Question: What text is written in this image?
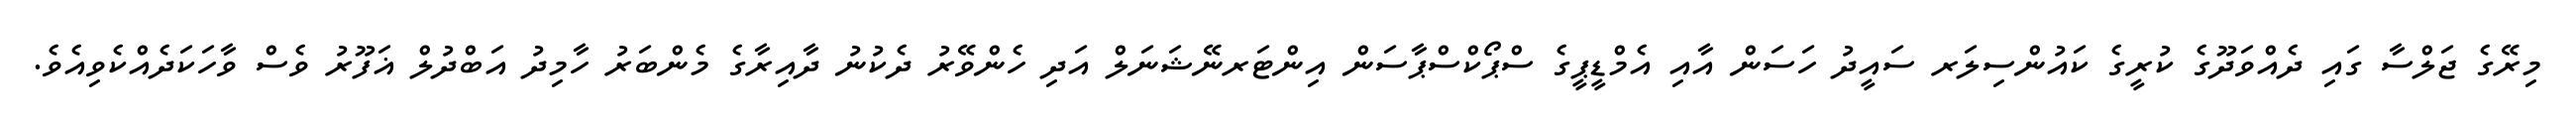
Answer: މިރޭގެ ޖަލްސާ ގައި ދެއްވަދޫގެ ކުރީގެ ކައުންސިލަރ ސައީދު ހަސަން އާއި އެމްޑީޕީގެ ސްޕޯކްސްޕާސަން އިންޓަރނޭޝަނަލް އަދި ހެންވޭރު ދެކުނު ދާއިރާގެ މެންބަރު ހާމިދު އަބްދުލް ޣަފޫރު ވެސް ވާހަކަދެއްކެވިއެވެ.